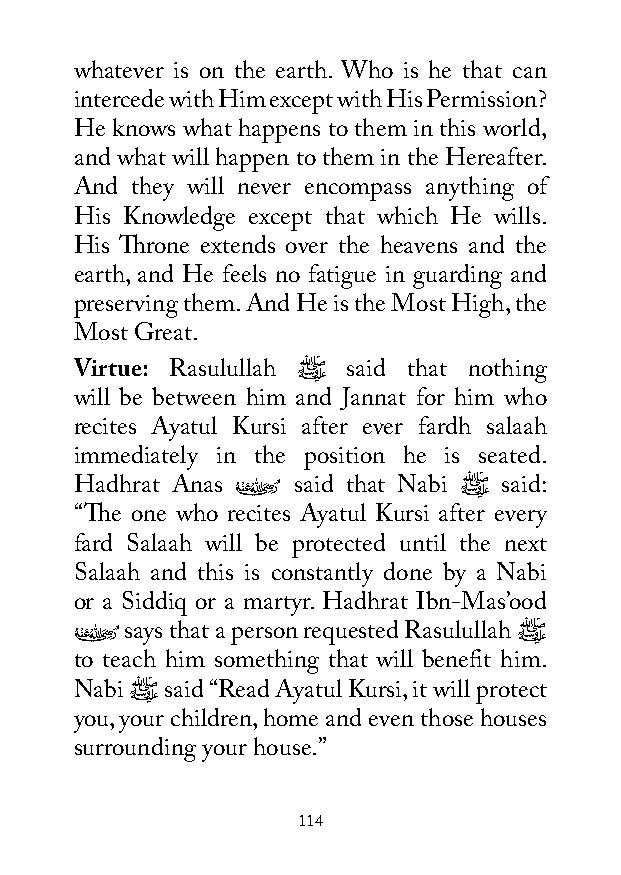
whatever is on the earth. Who is he that can
 intercede with Him except with His Permission?
 He knows what happens to them in this world,
 and what will happen to them in the Hereafter.
 And they will never encompass anything of
 His Knowledge except that which He wills.
 His Throne extends over the heavens and the
 earth, and He feels no fatigue in guarding and
 preserving them. And He is the Most High, the
 Most Great.
 Virtue: Rasulullah ﷺ said that nothing
 will be between him and Jannat for him who
 recites Ayatul Kursi after ever fardh salaah
 immediately in the position he is seated.
 Hadhrat Anas �ُ said that Nabi ﷺ said:
 “The one who recites Ayatul Kursi after every
 fard Salaah will be protected until the next
 Salaah and this is constantly done by a Nabi
 or a Siddiq or a martyr. Hadhrat Ibn-Mas’ood
 �ُ says that a person requested Rasulullah ﷺ
 to teach him something that will benefit him.
 Nabi ﷺ said “Read Ayatul Kursi, it will protect
 you, your children, home and even those houses
 surrounding your house.”
 114